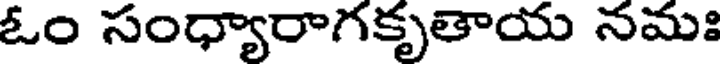
ఓం సంధ్యారాగకృతాయ నమః